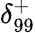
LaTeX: {\delta}_{99}^{+}